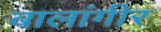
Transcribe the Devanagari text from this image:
बालांगीर